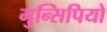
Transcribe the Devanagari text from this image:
मुन्सिपियो